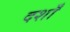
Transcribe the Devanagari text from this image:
दशाँ